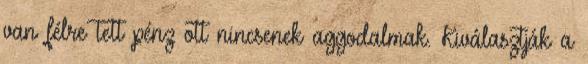
van félre tett pénz ott nincsenek aggodalmak. Kiválasztják a